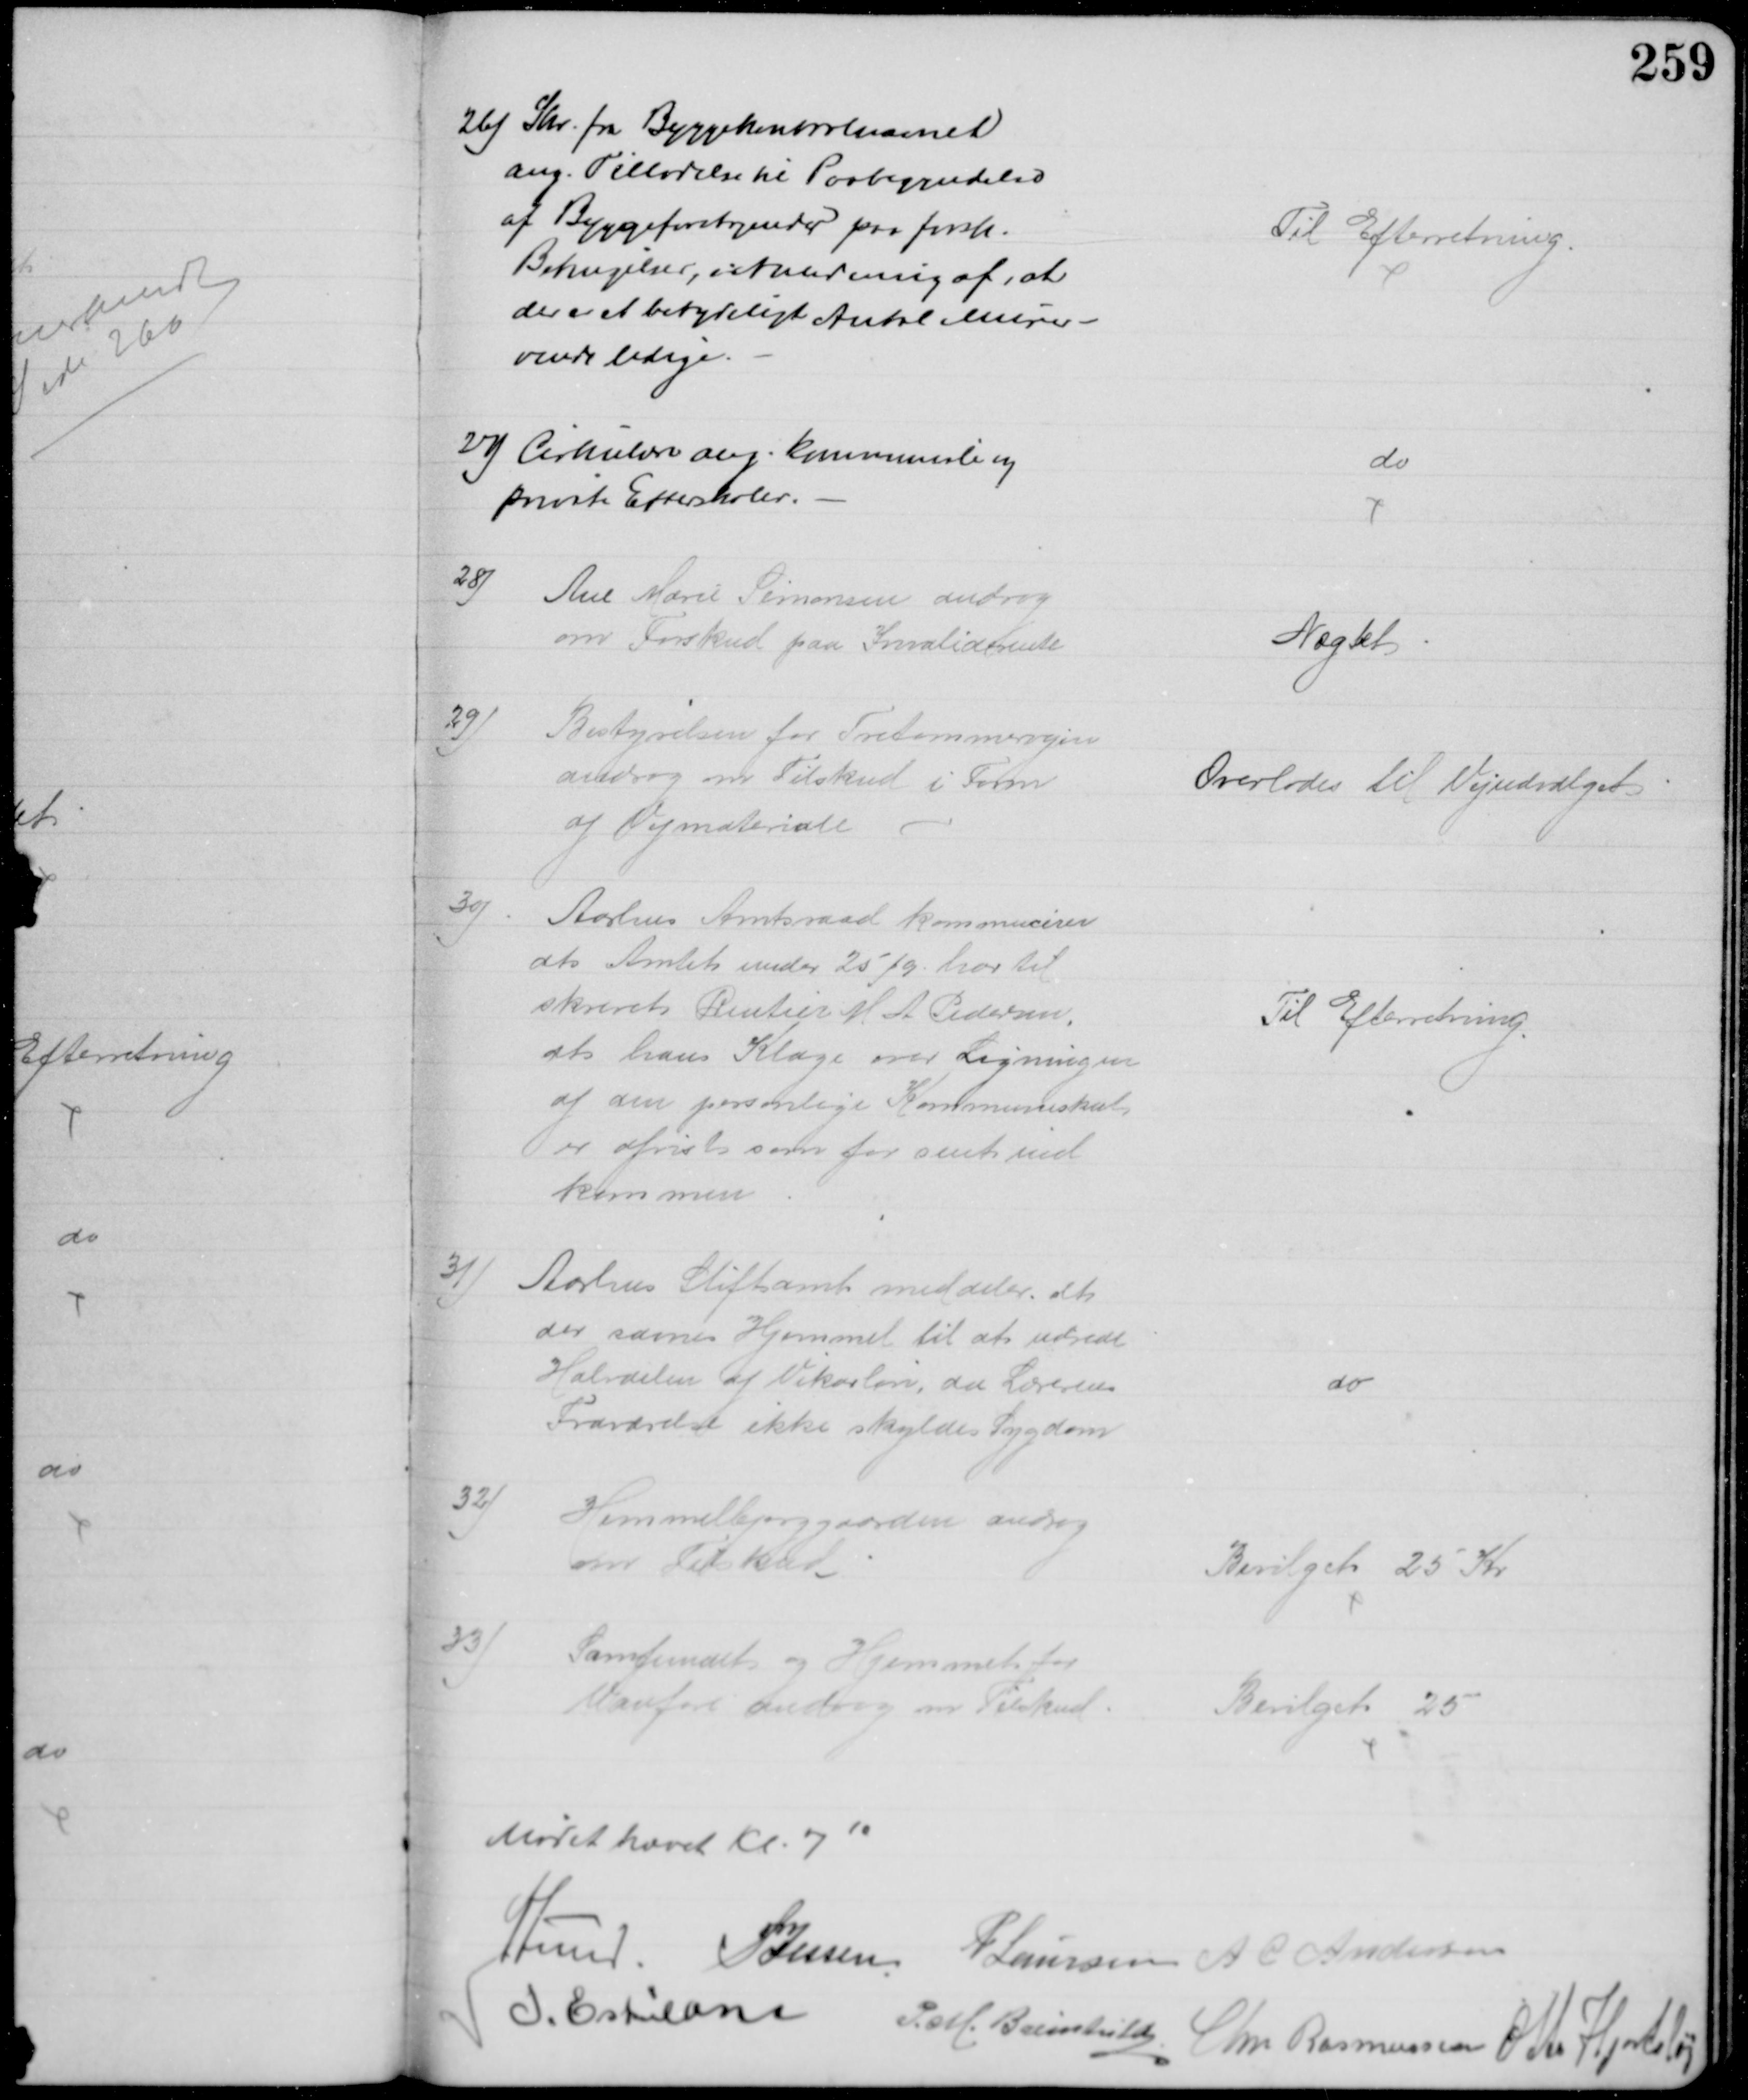
Transskription:
26) Skr. fra Byggekontrolnævnet
ang. Tilladelse til Paabegyndelse
af Byggeforetagender paa forsk.
Betingelser, i Anledning af, at
der er et betydeligt Antal nuvær-
rende ledige.
Til Efterretning.
27) Cirkulære ang. kommunale og
private Efterskoler.
do
28)
Ane Marie Simonsen androg
om Forskud paa Invaliderente
Nægtet
29)
Bestyrelsen for Tretommervejen
androg om Tilskud i Form
af Vejmateriale
Overlodes til Vejudvalget
30)
Aarhus Amtsraad kommunicerer
at Amtet under 25/9. har til
skrevet Rentier M A Pedersen
at hans Klage over Ligningen
af den personlige Kommuneskat
er afvist som for sent ind
kommen
Til Efterretning
31)
Aarhus Stiftamt meddeler at
der savnes Hjemmel til at udrede
Halvdelen af Vikarløn, da Lærerens
Fraværelse ikke skyldes Sygdom
do
32)
Himmelbjerggaarden androg
om Tilskud
Bevilget 25 Kr
33)
Samfundet og Hjemmet for
Vanføre androg om Tilskud.
Bevilget 25
Mødet hævet Kl. 710
A Lund. P Jessen P Laursen A C Andersen
I. Eskildsen
P. M. Breinhild
Chr Rasmussen Otto Hjortshøj